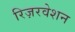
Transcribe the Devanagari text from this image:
रिज़रवेशन